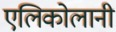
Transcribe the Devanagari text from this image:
एलिकोलानी